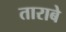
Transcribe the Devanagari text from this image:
ताराबे